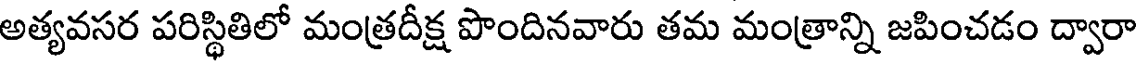
అత్యవసర పరిస్థితిలో మంత్రదీక్ష పొందినవారు తమ మంత్రాన్ని జపించడం ద్వారా